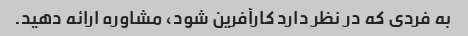
به فردی که در نظر دارد کارآفرین شود، مشاوره ارائه دهید.